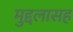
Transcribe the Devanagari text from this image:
मुद्दलासह